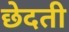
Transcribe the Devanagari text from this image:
छेदती